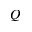
Q